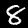
Digit: 8